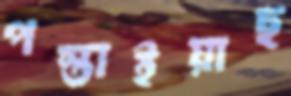
পস্তাইয়াছ